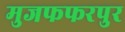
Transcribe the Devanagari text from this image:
मुजफफरपुर